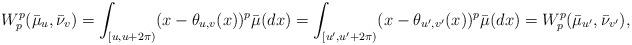
LaTeX: \begin{align*}W_{p}^{p}(\bar{\mu}_{u},\bar{\nu}_{v})=\int_{[u,u+2\pi)}(x-\theta_{u,v}(x))^{p}\bar{\mu}(dx)=\int_{[u',u'+2\pi)}(x-\theta_{u',v'}(x))^{p}\bar{\mu}(dx)=W_{p}^{p}(\bar{\mu}_{u'},\bar{\nu}_{v'}),\end{align*}